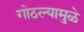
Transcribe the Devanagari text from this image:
गोठल्यामुळे